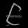
Digit: ၉